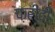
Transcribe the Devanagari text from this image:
फ़रीदी